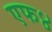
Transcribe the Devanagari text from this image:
एफ४